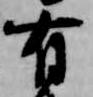
有